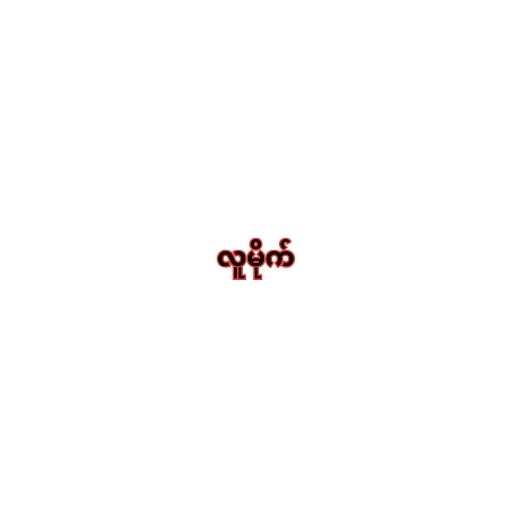
လူမိုက်